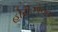
હોરીઝોનના